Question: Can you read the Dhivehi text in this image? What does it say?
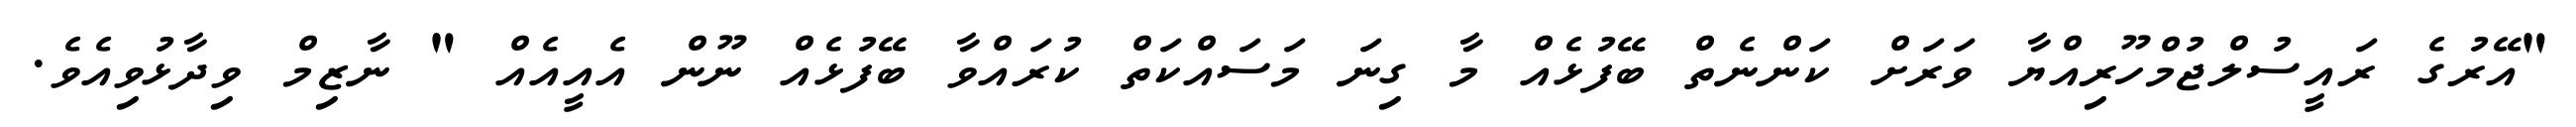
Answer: "އޭރުގެ ރައީސުލްޖުމްހޫރިއްޔާ ވަރަށް ކަންނެތް ބޭފުޅެއް މާ ގިނަ މަސައްކަތް ކުރައްވާ ބޭފުޅެއް ނޫން އެއީއެއް " ނާޒިމް ވިދާޅުވިއެވެ.